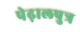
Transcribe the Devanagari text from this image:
पेढ़ालपुत्र